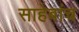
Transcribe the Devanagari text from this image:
साहेबांच